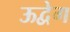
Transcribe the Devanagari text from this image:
ऊद्वेग